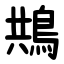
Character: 䳍